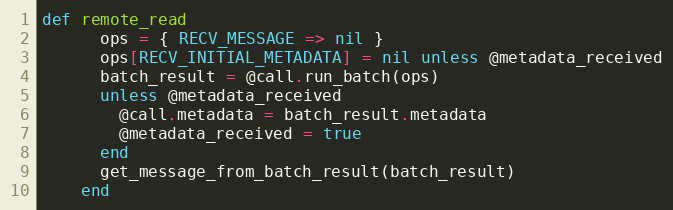
Language: Ruby
def remote_read
      ops = { RECV_MESSAGE => nil }
      ops[RECV_INITIAL_METADATA] = nil unless @metadata_received
      batch_result = @call.run_batch(ops)
      unless @metadata_received
        @call.metadata = batch_result.metadata
        @metadata_received = true
      end
      get_message_from_batch_result(batch_result)
    end